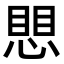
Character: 愳